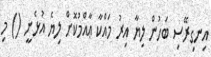
އިނގިރޭސި ބަހުން ލިޔާ އިރު މައްކާ ޢާއްމުކޮށް ލިޔެ އުޅެނީ () މި